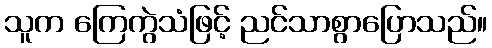
သူက ကြေကွဲသံဖြင့် ညင်သာစွာပြောသည်။